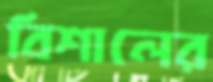
বিশালের